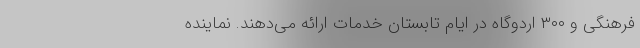
فرهنگی و ۳۰۰ اردوگاه در ایام تابستان خدمات ارائه می‌دهند. نماینده